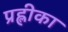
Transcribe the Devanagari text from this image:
प्रह्लीका